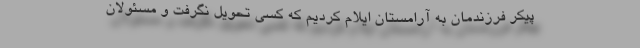
پیکر فرزندمان به آرامستان ایلام کردیم که کسی تحویل نگرفت و مسئولان